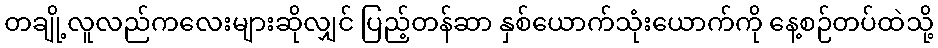
တချို့လူလည်ကလေးများဆိုလျှင် ပြည့်တန်ဆာ နှစ်ယောက်သုံးယောက်ကို နေ့စဉ်တပ်ထဲသို့